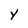
Character: Y